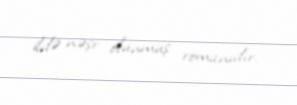
ildə nəşr olunmuş romanıdır.